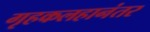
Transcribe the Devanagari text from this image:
गृहकलहानंतर